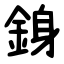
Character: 銵